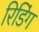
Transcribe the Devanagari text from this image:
रिडिंग